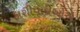
ફાશીવાદીઓએ